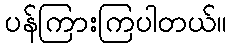
ပန်ကြားကြပါတယ်။